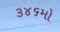
૩૪૬મો